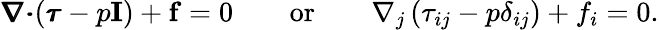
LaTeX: \pmb{\nabla}\pmb{\cdot}(\pmb{\tau}-p\mathbf{I})+\mathbf{f}=0\qquad\textnormal{or}\qquad\nabla_{j}\left(\tau_{ij}-p\delta_{ij}\right)+f_{i}=0.